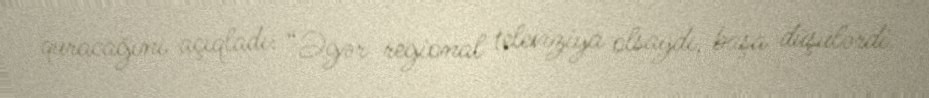
quracağını açıqladı: “Əgər regional televiziya olsaydı, başa düşülərdi.